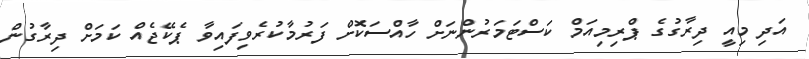
އަދި މިއީ ދިރާގުގެ ޕްރިމިއަމް ކަސްޓަމަރުންނަށް ހާއްސަކޮށް ފަރުމާކުރެވިފައިވާ ޕެކޭޖެއް ކަމަށް ދިރާގުން